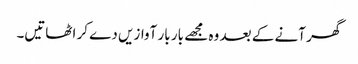
گھر آنے کے بعد وہ مجھے بار بار آوازیں دے کر اٹھاتیں۔